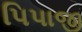
પિપાજી